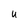
Character: U